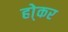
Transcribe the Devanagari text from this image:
हो्कर